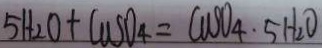
5 H _ { 2 } O + C u S O _ { 4 } = C u S O _ { 4 } \cdot 5 H _ { 2 } O